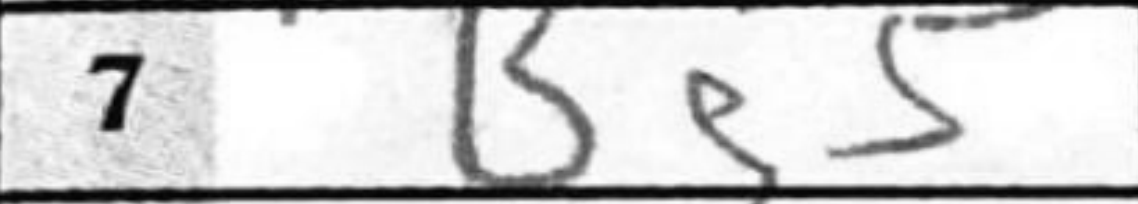
Transcription: Bg5